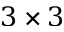
3 \times 3